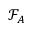
{ \mathcal { F } } _ { A }